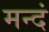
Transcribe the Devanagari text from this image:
मन्दं